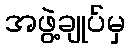
အဖွဲ့ချုပ်မှ